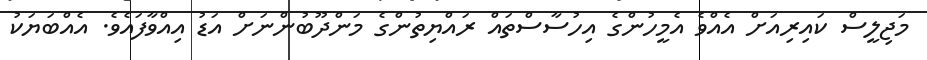
މަޖިލީސް ކައިރިއަށް އެއްވެ އެމީހުންގެ އިހުސާސްތައް ރައްޔިތުންގެ މަންދޫބުންނަށް އަޑު އިއްވާފައެވެ. އެއްބަޔަކު